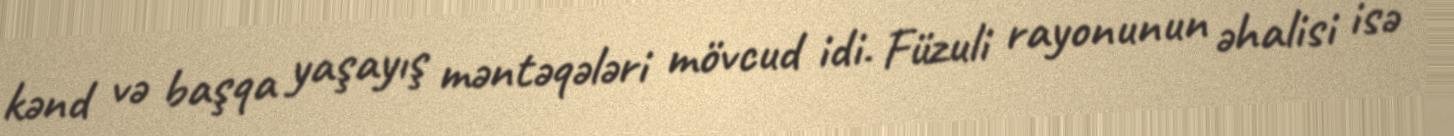
kənd və başqa yaşayış məntəqələri mövcud idi. Füzuli rayonunun əhalisi isə